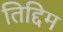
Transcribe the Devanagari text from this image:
तिद्दिम